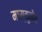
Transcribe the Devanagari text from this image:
मास्कुतोव